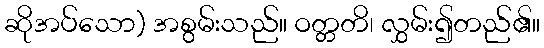
ဆိုအပ်သော) အစွမ်းသည်။ ဝတ္တတိ၊ လွှမ်း၍တည်၏။